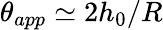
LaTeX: \theta_{app}\simeq 2h_{0}/R